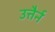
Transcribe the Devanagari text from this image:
उत्तैर्न